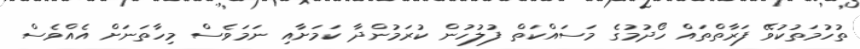
ތުހުމަތުކުވޭ ފަރާތްތައް ހޯދުމުގެ މަސައްކަތް ފުލުހުން ކުރަމުންދާ ކަމަށާއި ނަމަވެސް މިހާތަނަށް އެއްވެސް